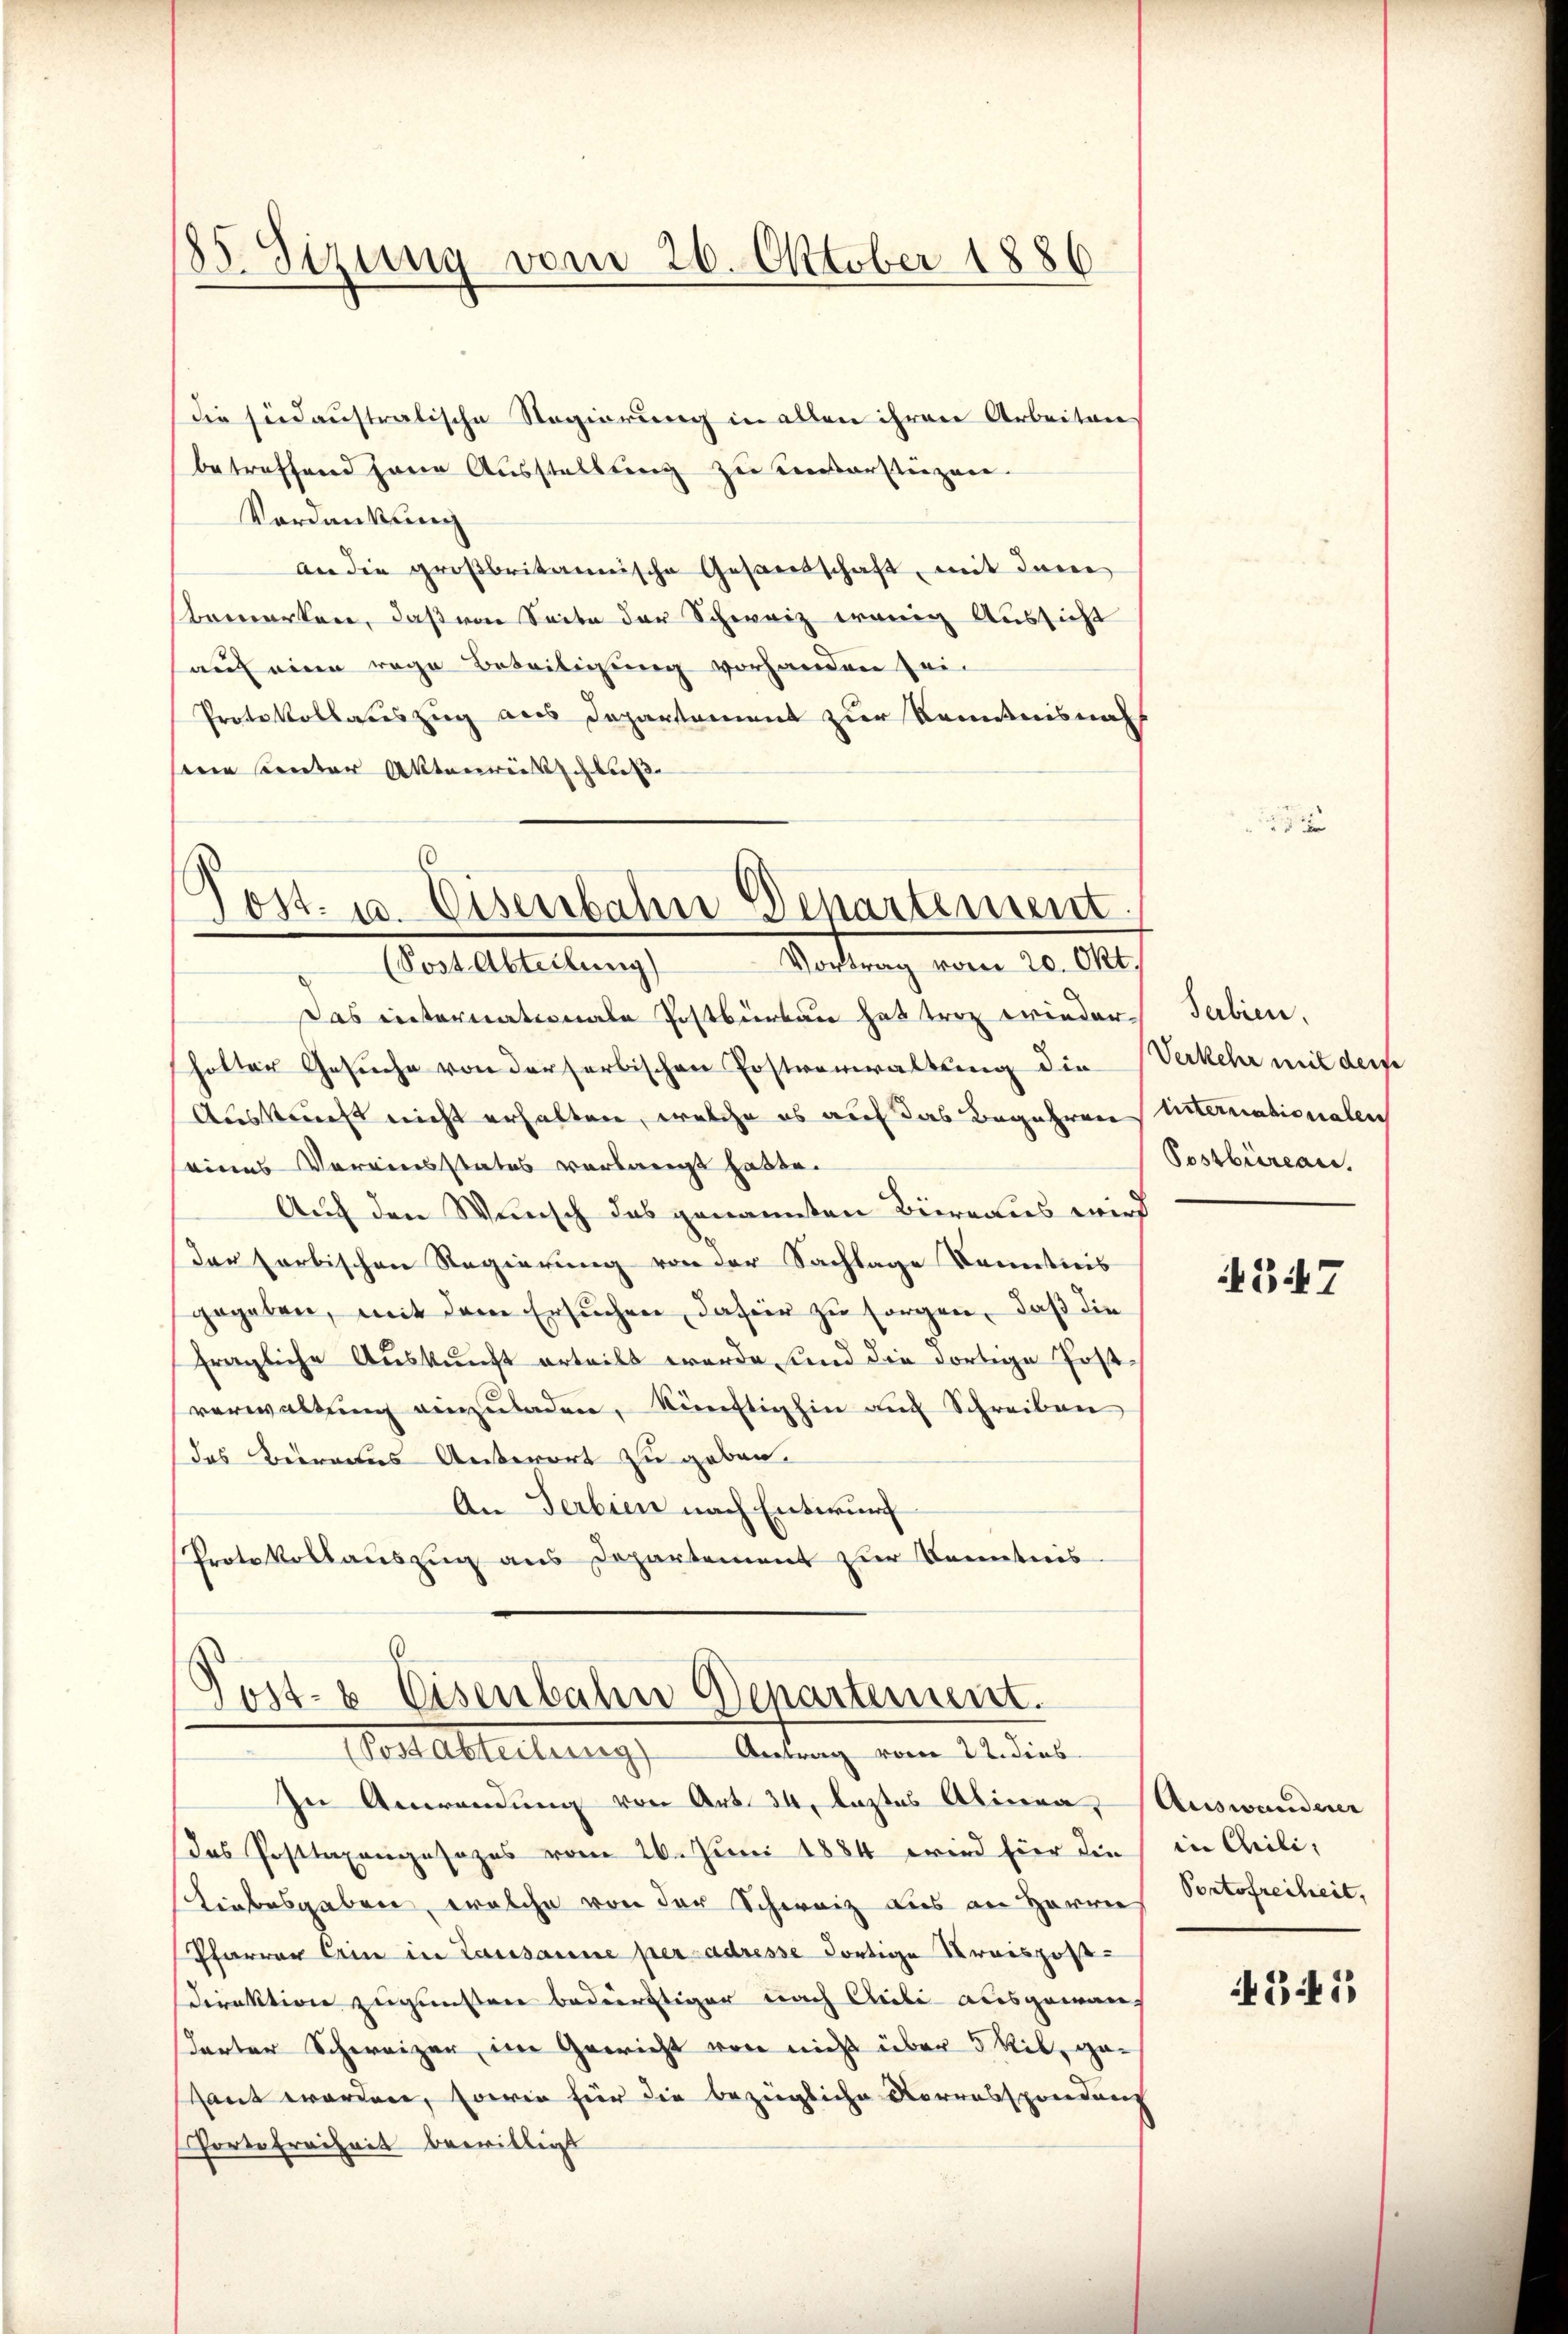
185. Sizung vom 26. Oktober 1886

die sindaustratische Regierung in allen ihren Arbeiten
betreffend Herrn Ausstellung zu einverstiegen.
Vordankung
an die großbritannische Gesandschaft, mit dem
bemerken, daß von Seite der Schweiz wenig Aussicht
auf eine rege Beteiligung vorhanden zei¬
Protokollasteszug aus Departament zur Kenntnisnah
se unter Aktenreisschluß

6
Jost u. Eisenbahn Departement.
Rodung vom 20. 10
(Post Abteilung)

Post- & Eisenbahn Denartement.
(Postabteilung Antrag vom 22. dies

Das internationale Postbürken hat trag wieder Serbien.
hotter Gesuche von der herbischen Postverwaltung die Verkehr mit derse
Auskunft nicht erhalten, welche es auf das Begehren unternationalen
eines Vereinsstates verlangt hatte.
Auf den Wunsch das genannten Bieraus wird
Der farbischen Regierung von der Sachlage Kenntnis
gegeben, mit dem Ersuchen, dafür zu sorgen, daß die
fragliche Auskunft erteilt werde, und die dortige Postverwaltung einzuladen, künftighin auf Schreiben
das Beirates Antwort zu geben.
An Serbien nach Entwurf
Protokollauszug aus Departement zur Kenntnis

In Anwendung von Art. 34, leztes Alinea, Auswandene
Das Posttaxangesages vom 26. Juni 1884 wird hier die
Liebesgaben, welche von der Schweiz aus an Herrn Portofreiheit,
Pfarrer Ein in Lausanne per adresse dortige Kreispost-
Direktion zugunsten bedürftiger nach Alibi ausgewand
Torter Schweizer im Gericht von nicht über 5 Ril, gesant worden, sowie für die bezügliche Vorrabsprendung
Portofreiheit bewilligt

.

Postbüreau.

347

in Cili,

345